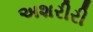
અશરીરી